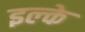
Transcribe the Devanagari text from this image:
इल्‍के